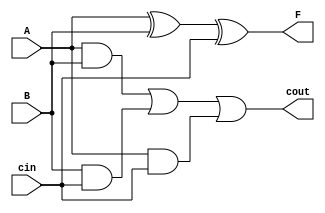
module bit_adder(F,A,B,cin,cout);
input A,B,cin;
output F,cout;
assign F = A^B^cin;
assign cout = A&B|B&cin|A&cin;
endmodule


module ALU(ALU_out,A,B,alucon,cin,cout);
input [31:0] A,B;
input [2:0]alucon;
output reg [31:0]ALU_out;
input cin;
output cout;

localparam add = 3'b000;
localparam sub = 3'b001;
localparam AND = 3'b010;
localparam OR = 3'b011;

wire [31:0] holder;
wire [32:0] carry;
reg [31:0]temp_B;
reg x;
genvar i;


always @(*)
	begin
	if (alucon == add)
		begin
		temp_B = B;
		x = 1'b0;
		end
	else 
		begin
		temp_B = ~B;
		x = 1'b1;
		end	
	end
assign carry[0] = x;
	
generate
	for(i= 0; i<32 ; i = i+1)
	bit_adder dut0(.F(holder[i]),.A(A[i]),.B(temp_B[i]),.cin(carry[i]),.cout(carry[i+1]));
endgenerate

assign cout = carry[32];

always @ (*)
	begin
		case(alucon)
			add: ALU_out = holder;
			sub:ALU_out = holder;
			OR: ALU_out = A|B;
			AND: ALU_out = A&B;
			default: ALU_out = 32'b0;
		endcase
	end
endmodule